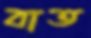
বাত